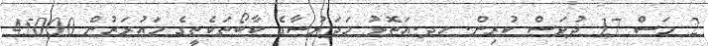
2 މަސް 17 ދުވަސް ކުރިން. ހދ.އަތޮޅު މަދަރުސާގެ ކާބޯތަކެތީގެ މައުރަޒުން 45000